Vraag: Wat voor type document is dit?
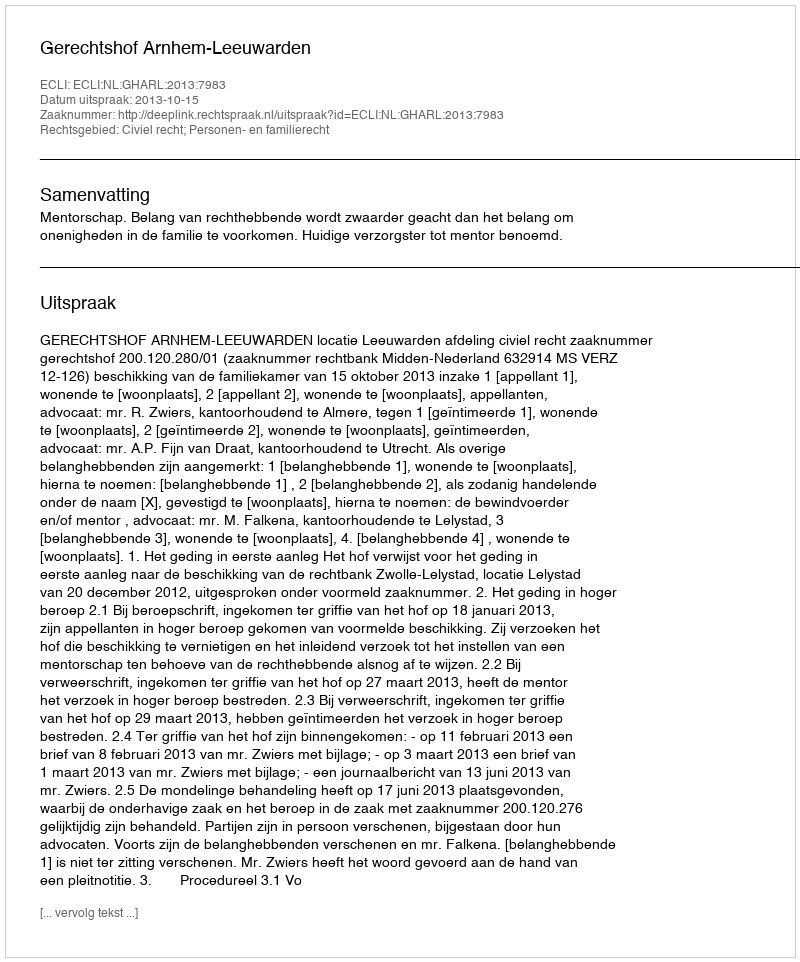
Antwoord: Uitspraak